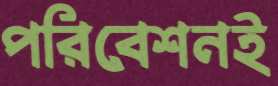
পরিবেশনই